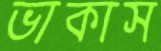
ভাকাস